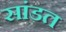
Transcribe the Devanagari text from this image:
सांडत